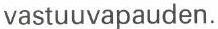
vastuuvapauden.